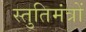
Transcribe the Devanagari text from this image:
स्तुतिमंत्रों